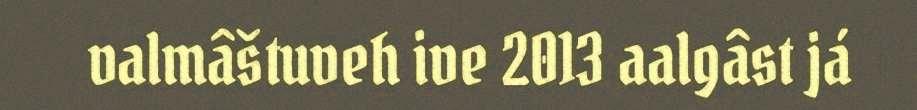
valmâštuveh ive 2013 aalgâst já